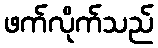
ဖက်လိုက်သည်